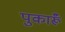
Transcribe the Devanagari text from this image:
पुकारूँ